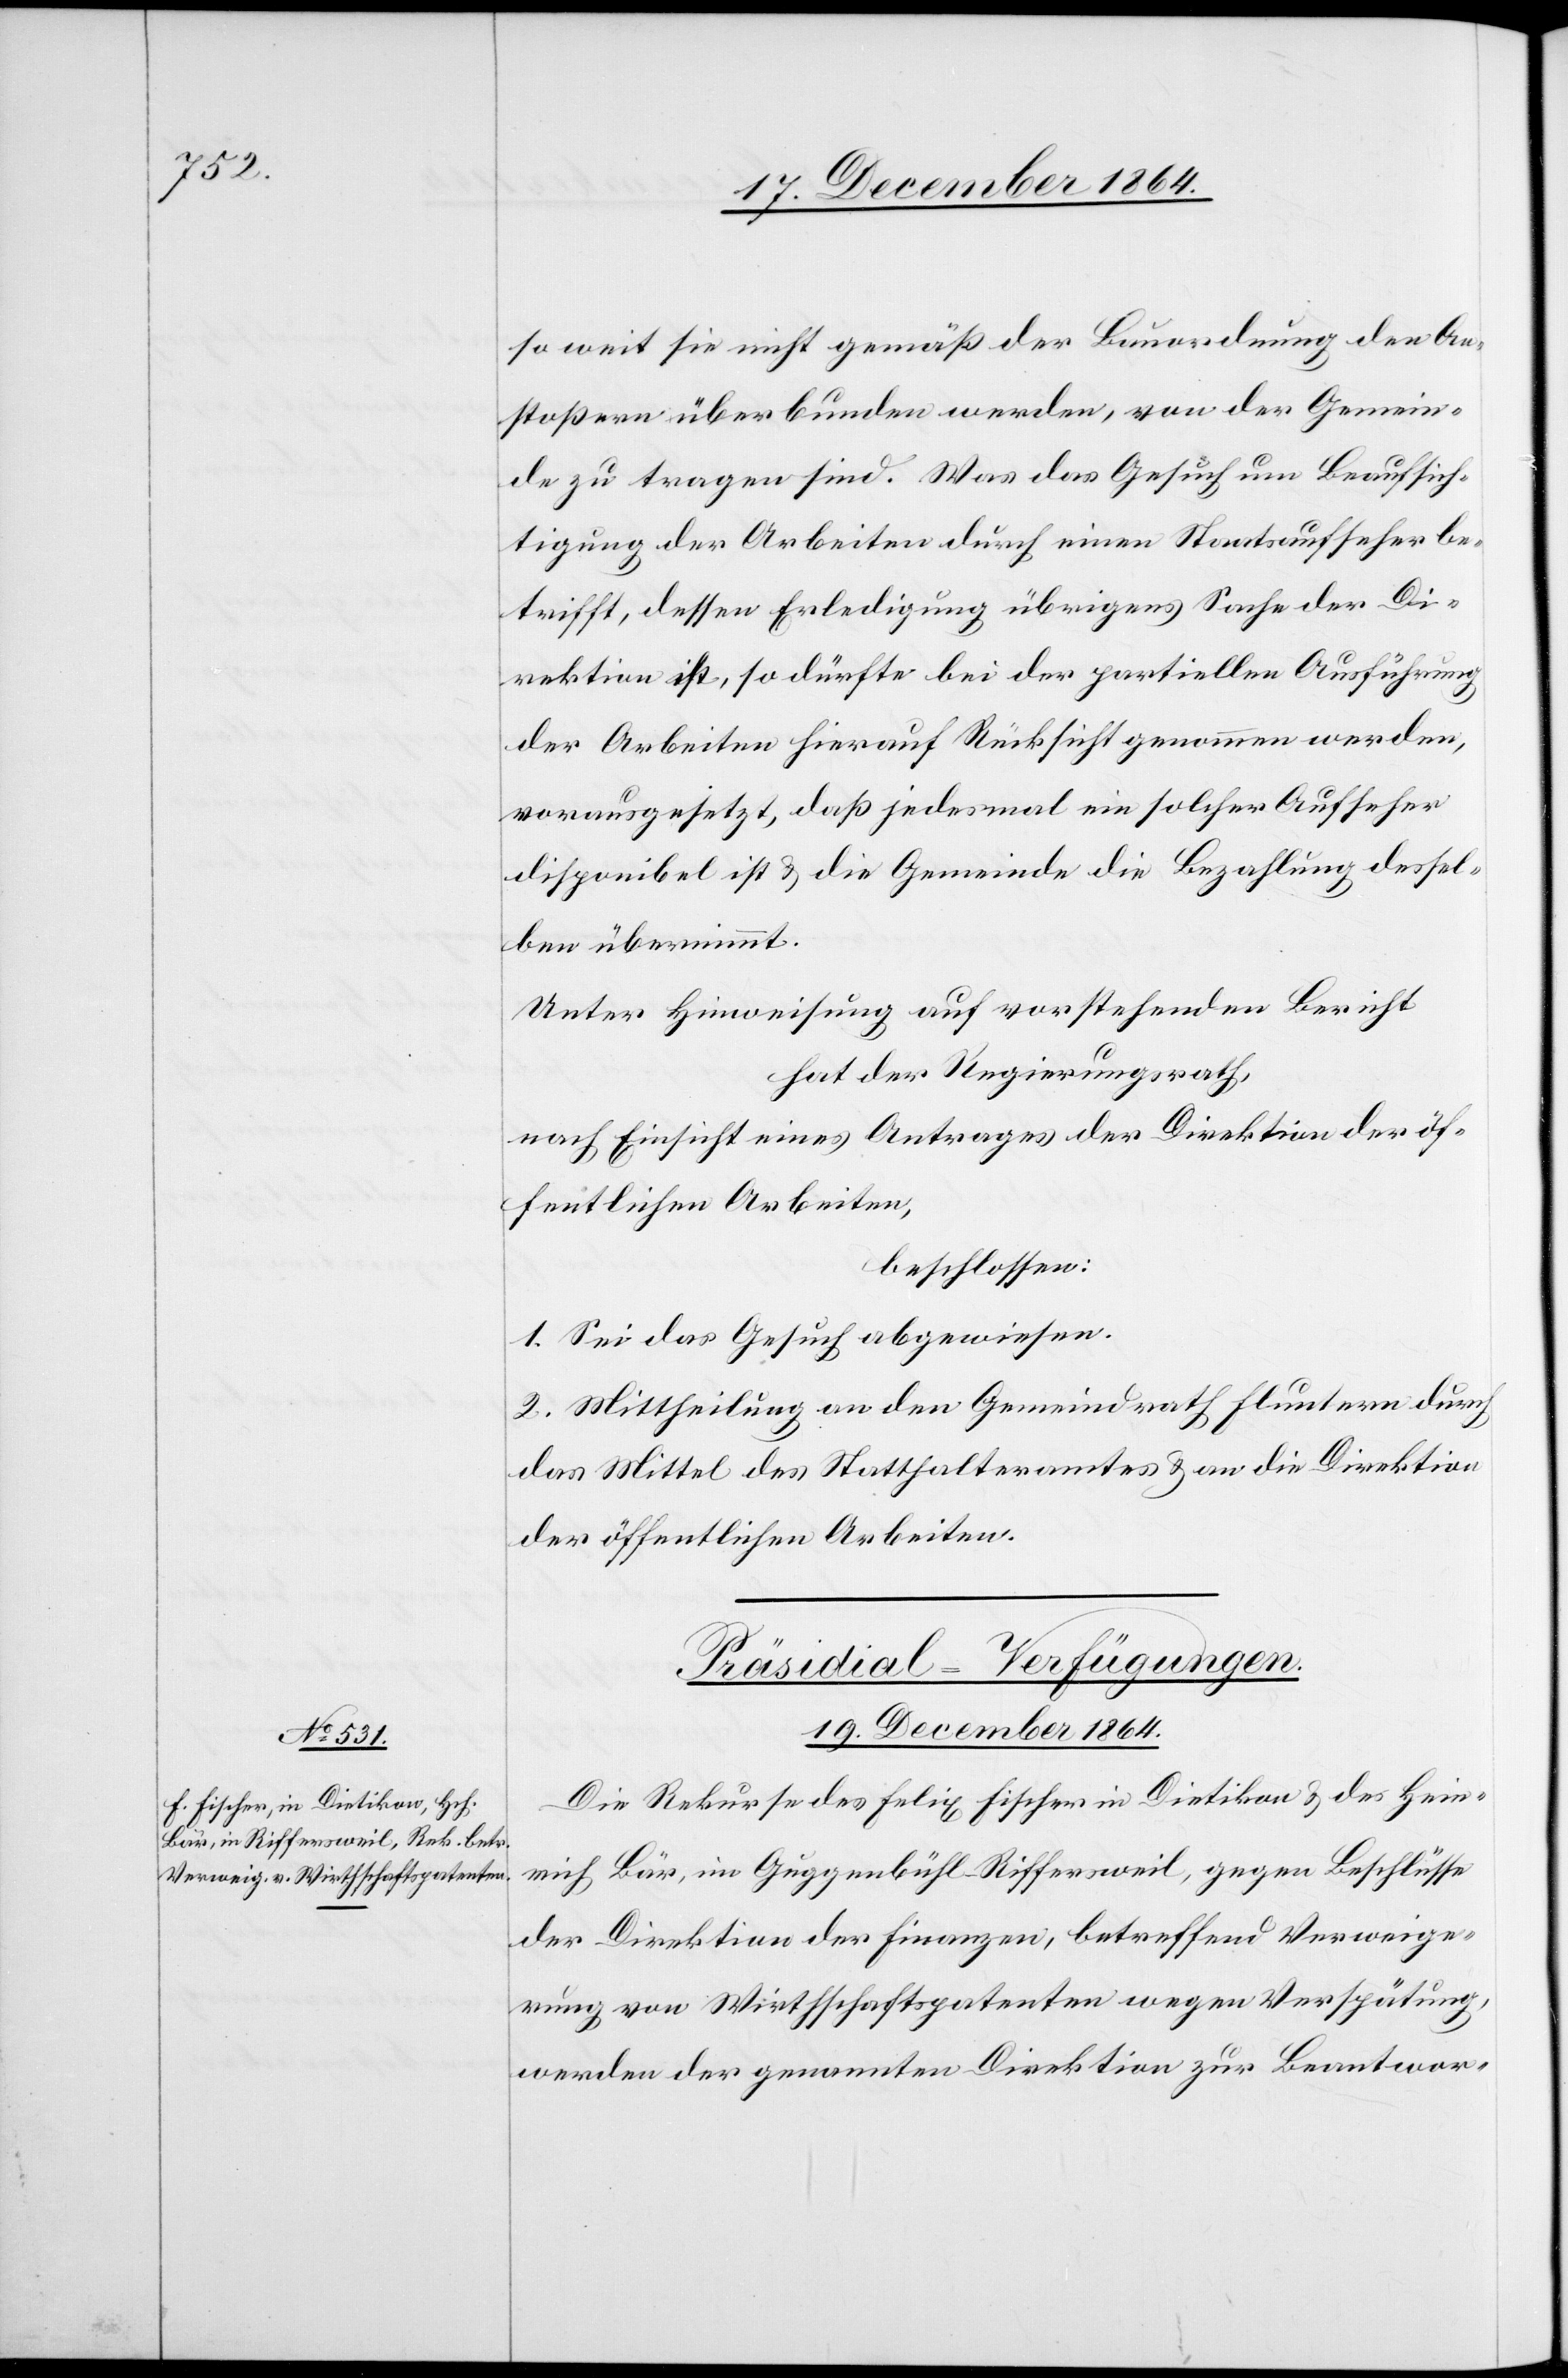
19. December 1864.
so weit sie nicht gemäß der Bauordnung den An¬
stoßern [sic!] überbunden werden, von der Gemein¬
de zu tragen sind. Was das Gesuch um Beaufsich¬
tigung der Arbeiten durch einen Staatsaufseher be¬
trifft, dessen Erledigung übrigens Sache der Di¬
rektion ist, so dürfte bei der partiellen Ausführung
der Arbeiten hierauf Rücksicht genommen werden,
vorausgesetzt, daß jedesmal ein solcher Aufseher
disponibel ist & die Gemeinde die Bezahlung dessel¬
ben übernimmt.
Unter Hinweisung auf vorstehenden Bericht
hat der Regierungsrath,
nach Einsicht eines Antrages der Direktion der öf¬
fentlichen Arbeiten,
beschlossen:
1. Sei das Gesuch abgewiesen.
2. Mittheilung an den Gemeindrath Fluntern durch
das Mittel des Statthalteramtes & an die Direktion
der öffentlichen Arbeiten.
Präsidial-Verfügungen.
Die Rekurse des Felix Fischer in Dietikon & des Hen¬
rich Bär, im Guggenbühl - Riffersweil, gegen Beschlüsse
der Direktion der Finanzen, betreffend Verweige¬
rung von Wirthschaftspatenten wegen Verspätung,
werden der genannten Direktion zur Beantwor-